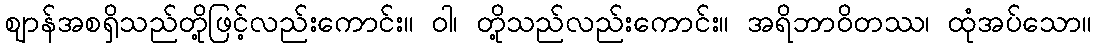
ဈာန်အစရှိသည်တို့ဖြင့်လည်းကောင်း။ ဝါ၊ တို့သည်လည်းကောင်း။ အရိဘာဝိတဿ၊ ထုံအပ်သော။